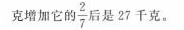
克增加它的\frac{2}{7}后是27千克。